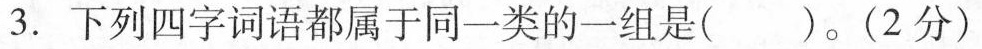
3.下列四字词语都属于同一类的一组是( )。(2分)